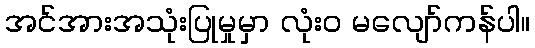
အင်အားအသုံးပြုမှုမှာ လုံးဝ မလျော်ကန်ပါ။